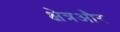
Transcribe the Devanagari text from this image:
क्षेत्रऔर